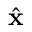
\hat { \mathbf x }